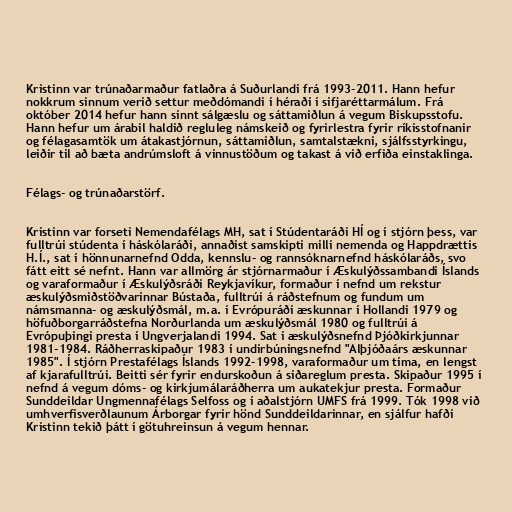
Kristinn var trúnaðarmaður fatlaðra á Suðurlandi frá 1993-2011. Hann hefur
nokkrum sinnum verið settur meðdómandi í héraði í sifjaréttarmálum. Frá
október 2014 hefur hann sinnt sálgæslu og sáttamiðlun á vegum Biskupsstofu.
Hann hefur um árabil haldið regluleg námskeið og fyrirlestra fyrir ríkisstofnanir
og félagasamtök um átakastjórnun, sáttamiðlun, samtalstækni, sjálfsstyrkingu,
leiðir til að bæta andrúmsloft á vinnustöðum og takast á við erfiða einstaklinga.

Félags- og trúnaðarstörf.

Kristinn var forseti Nemendafélags MH, sat í Stúdentaráði HÍ og í stjórn þess, var
fulltrúi stúdenta í háskólaráði, annaðist samskipti milli nemenda og Happdrættis
H.Í., sat í hönnunarnefnd Odda, kennslu- og rannsóknarnefnd háskólaráðs, svo
fátt eitt sé nefnt. Hann var allmörg ár stjórnarmaður í Æskulýðssambandi Íslands
og varaformaður í Æskulýðsráði Reykjavíkur, formaður í nefnd um rekstur
æskulýðsmiðstöðvarinnar Bústaða, fulltrúi á ráðstefnum og fundum um
námsmanna- og æskulýðsmál, m.a. í Evrópuráði æskunnar í Hollandi 1979 og
höfuðborgarráðstefna Norðurlanda um æskulýðsmál 1980 og fulltrúi á
Evrópuþingi presta í Ungverjalandi 1994. Sat í æskulýðsnefnd Þjóðkirkjunnar
1981-1984. Ráðherraskipaður 1983 í undirbúningsnefnd "Alþjóðaárs æskunnar
1985". Í stjórn Prestafélags Íslands 1992-1998, varaformaður um tíma, en lengst
af kjarafulltrúi. Beitti sér fyrir endurskoðun á siðareglum presta. Skipaður 1995 í
nefnd á vegum dóms- og kirkjumálaráðherra um aukatekjur presta. Formaður
Sunddeildar Ungmennafélags Selfoss og í aðalstjórn UMFS frá 1999. Tók 1998 við
umhverfisverðlaunum Árborgar fyrir hönd Sunddeildarinnar, en sjálfur hafði
Kristinn tekið þátt í götuhreinsun á vegum hennar.